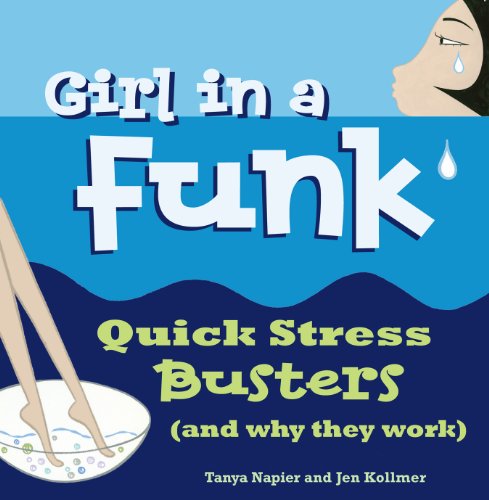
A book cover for Girl in a Funk: Quick Stress Busters (and Why They Work); Tanya Napier; Teen & Young Adult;